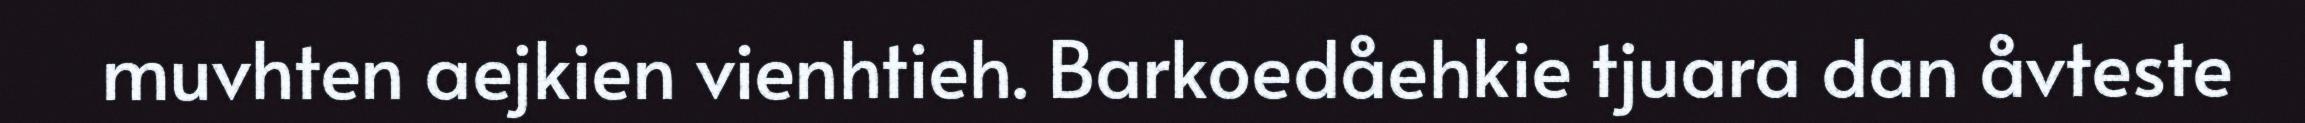
muvhten aejkien vienhtieh. Barkoedåehkie tjuara dan åvteste